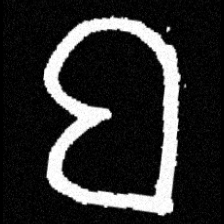
Pyu character \u2014 Myanmar letter: ဗ (romanized: ba)